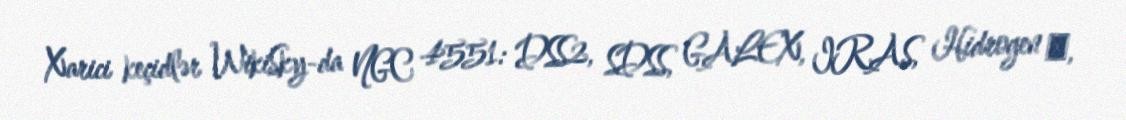
Xarici keçidlər WikiSky-da NGC 4551: DSS2, SDSS, GALEX, IRAS, Hidrogen α,